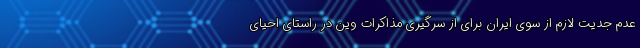
عدم جدیت لازم از سوی ایران برای از سرگیری مذاکرات وین در راستای احیای